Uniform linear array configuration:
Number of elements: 12
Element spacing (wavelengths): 1
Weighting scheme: binomial
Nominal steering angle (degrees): -30
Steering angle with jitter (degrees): -28.858
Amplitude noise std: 0.05
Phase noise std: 0.05

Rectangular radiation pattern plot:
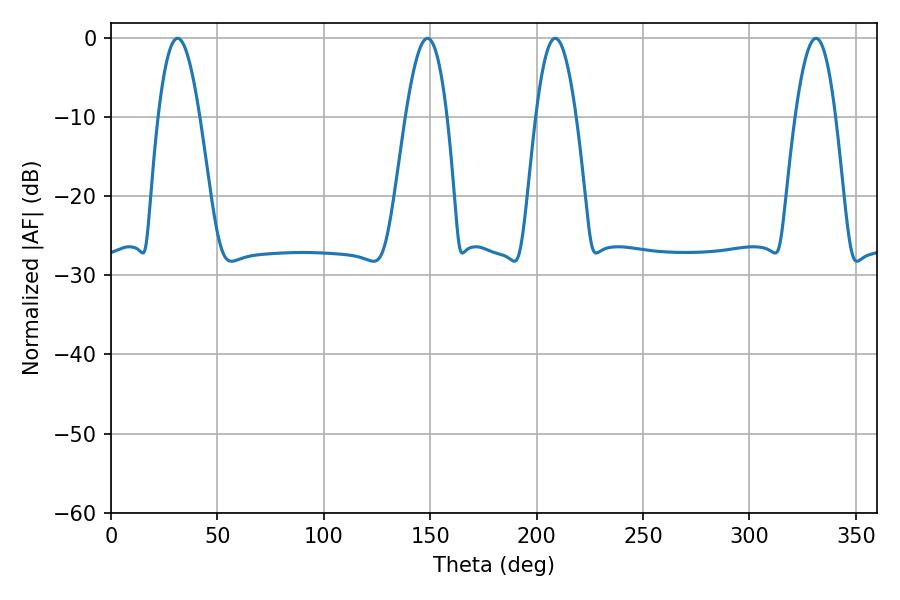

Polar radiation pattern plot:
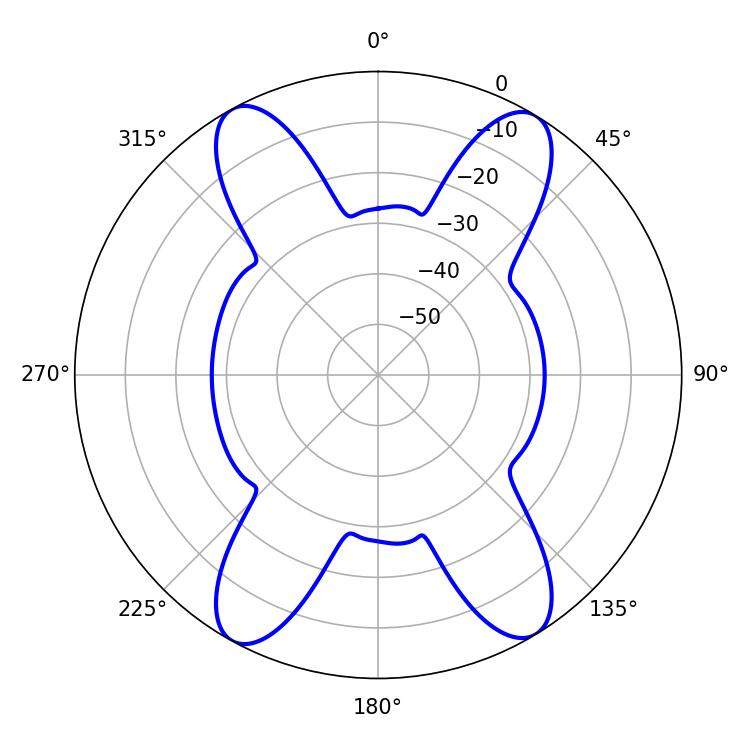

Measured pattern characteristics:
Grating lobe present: TRUE
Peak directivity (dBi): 19.651
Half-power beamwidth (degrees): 10.62
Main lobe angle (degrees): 31.32